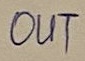
Text: OUT